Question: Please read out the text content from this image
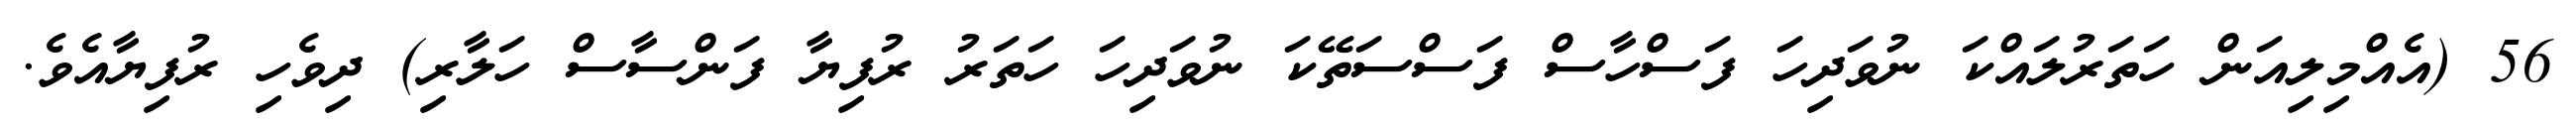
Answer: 56 (އެއްމިލިއަން ހަތަރުލައްކަ ނުވަދިހަ ފަސްހާސް ފަސްސަތޭކަ ނުވަދިހަ ހަތަރު ރުފިޔާ ފަންސާސް ހަލާރި) ދިވެހި ރުފިޔާއެވެ.